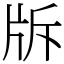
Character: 𤖴